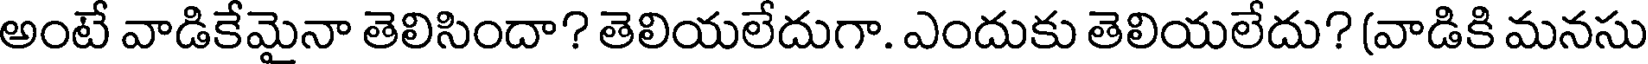
అంటే వాడికేమైనా తెలిసిందా? తెలియలేదుగా. ఎందుకు తెలియలేదు? (వాడికి మనసు